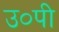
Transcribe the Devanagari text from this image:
उ०पी